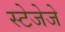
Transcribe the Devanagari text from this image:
स्टेजेजे